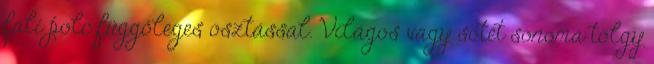
fali polc függőleges osztással. Világos vagy sötét sonoma tölgy